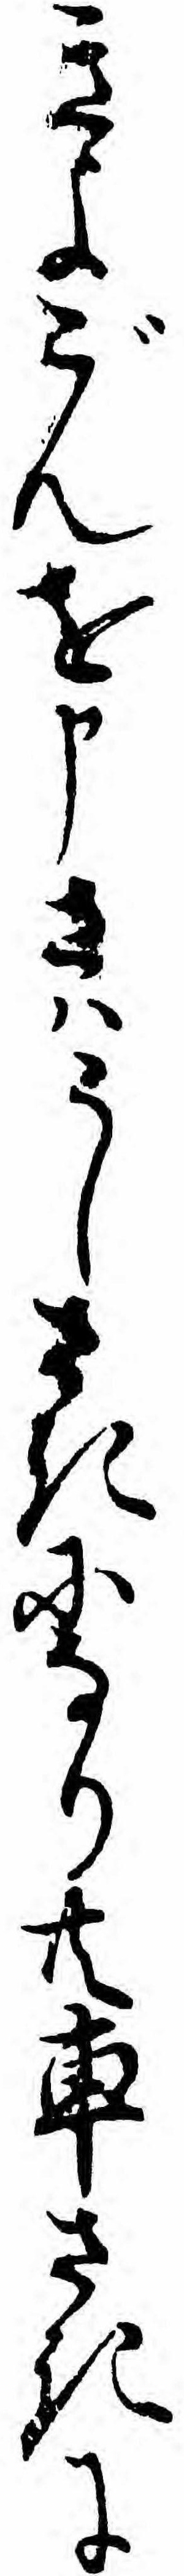
きよごんを申さハうしさきになり共車さきに